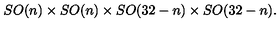
S O ( n ) \times S O ( n ) \times S O ( 3 2 - n ) \times S O ( 3 2 - n ) .